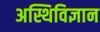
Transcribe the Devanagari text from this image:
अस्थिविज्ञान